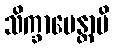
သိက္ခာပေန္တာပိ